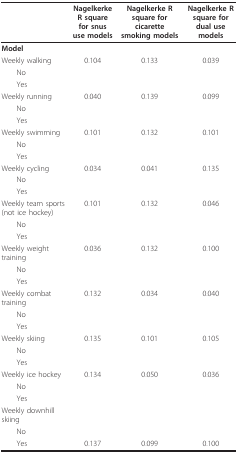
<table><thead><tr><td></td><td><b>Nagelkerke R square for snususe models</b></td><td><b>Nagelkerke R square for cicarette smoking models</b></td><td><b>Nagelkerke R square for dual use models</b></td></tr></thead><tbody><tr><td><b>Model</b></td><td></td><td></td><td></td></tr><tr><td>Weekly walking</td><td>0.104</td><td>0.133</td><td>0.039</td></tr><tr><td> No</td><td></td><td></td><td></td></tr><tr><td> Yes</td><td></td><td></td><td></td></tr><tr><td>Weekly running</td><td>0.040</td><td>0.139</td><td>0.099</td></tr><tr><td> No</td><td></td><td></td><td></td></tr><tr><td> Yes</td><td></td><td></td><td></td></tr><tr><td>Weekly swimming</td><td>0.101</td><td>0.132</td><td>0.101</td></tr><tr><td> No</td><td></td><td></td><td></td></tr><tr><td> Yes</td><td></td><td></td><td></td></tr><tr><td>Weekly cycling</td><td>0.034</td><td>0.041</td><td>0.135</td></tr><tr><td> No</td><td></td><td></td><td></td></tr><tr><td> Yes</td><td></td><td></td><td></td></tr><tr><td>Weekly team sports (not ice hockey)</td><td>0.101</td><td>0.132</td><td>0.046</td></tr><tr><td> No</td><td></td><td></td><td></td></tr><tr><td> Yes</td><td></td><td></td><td></td></tr><tr><td>Weekly weight training</td><td>0.036</td><td>0.132</td><td>0.100</td></tr><tr><td> No</td><td></td><td></td><td></td></tr><tr><td> Yes</td><td></td><td></td><td></td></tr><tr><td>Weekly combat training</td><td>0.132</td><td>0.034</td><td>0.040</td></tr><tr><td> No</td><td></td><td></td><td></td></tr><tr><td> Yes</td><td></td><td></td><td></td></tr><tr><td>Weekly skiing</td><td>0.135</td><td>0.101</td><td>0.105</td></tr><tr><td> No</td><td></td><td></td><td></td></tr><tr><td> Yes</td><td></td><td></td><td></td></tr><tr><td>Weekly ice hockey</td><td>0.134</td><td>0.050</td><td>0.036</td></tr><tr><td> No</td><td></td><td></td><td></td></tr><tr><td> Yes</td><td></td><td></td><td></td></tr><tr><td>Weekly downhill skiing</td><td></td><td></td><td></td></tr><tr><td> No</td><td></td><td></td><td></td></tr><tr><td> Yes</td><td>0.137</td><td>0.099</td><td>0.100</td></tr></tbody></table>